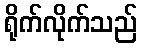
ရိုက်လိုက်သည်